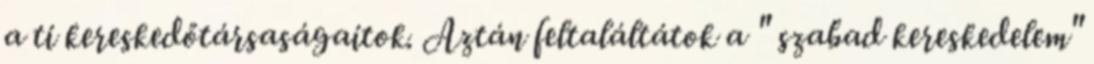
a ti kereskedőtársaságaitok. Aztán feltaláltátok a " szabad kereskedelem"